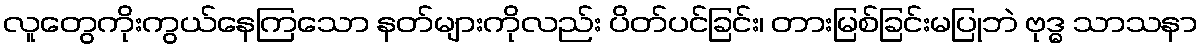
လူတွေကိုးကွယ်နေကြသော နတ်များကိုလည်း ပိတ်ပင်ခြင်း၊ တားမြစ်ခြင်းမပြုဘဲ ဗုဒ္ဓ သာသနာ